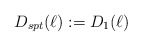
\begin{align*} D_{spt}(\ell) := D_1(\ell) \end{align*}